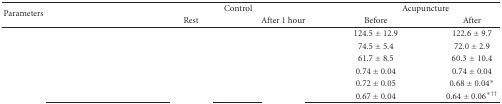
<table><thead><tr><td rowspan="2"><b>Parameters</b></td><td colspan="2"><b>Control</b></td><td colspan="2"><b>Acupuncture</b></td></tr><tr><td><b>Rest</b></td><td><b>After 1 hour</b></td><td><b>Before</b></td><td><b>After</b></td></tr></thead><tbody><tr><td>[EMPTY_CELL]</td><td>[EMPTY_CELL]</td><td>[EMPTY_CELL]</td><td>124.5 ± 12.9</td><td>122.6 ± 9.7</td></tr><tr><td>[EMPTY_CELL]</td><td>[EMPTY_CELL]</td><td>[EMPTY_CELL]</td><td>74.5 ± 5.4</td><td>72.0 ± 2.9</td></tr><tr><td>[EMPTY_CELL]</td><td>[EMPTY_CELL]</td><td>[EMPTY_CELL]</td><td>61.7 ± 8.5</td><td>60.3 ± 10.4</td></tr><tr><td>[EMPTY_CELL]</td><td>[EMPTY_CELL]</td><td>[EMPTY_CELL]</td><td>0.74 ± 0.04</td><td>0.74 ± 0.04</td></tr><tr><td>[EMPTY_CELL]</td><td>[EMPTY_CELL]</td><td>[EMPTY_CELL]</td><td>0.72 ± 0.05</td><td>0.68 ± 0.04*</td></tr><tr><td>[EMPTY_CELL]</td><td>[EMPTY_CELL]</td><td>[EMPTY_CELL]</td><td>0.67 ± 0.04</td><td>0.64 ± 0.06<sup>∗††</sup></td></tr></tbody></table>